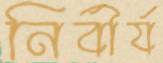
নির্বীর্য